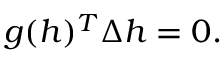
g ( h ) ^ { T } \Delta h = 0 .